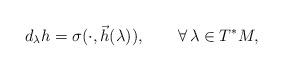
LaTeX: \begin{align*} d_\lambda h = \sigma(\cdot, \vec h(\lambda)),\qquad\forall\,\lambda\in T^*M,\end{align*}